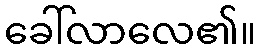
ခေါ်လာလေ၏။